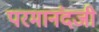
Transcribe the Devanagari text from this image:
परमानंदजी